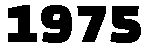
1975